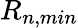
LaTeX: R_{n,min}